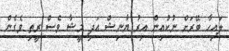
ލައިހާ ބޭރަށް ނުކުއިން އިރު ޔާނިޝް އަދި މީޝާ ވެސް ރީތި ވެގެން